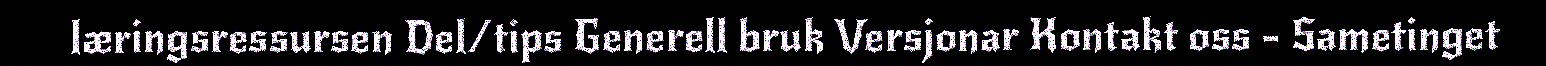
læringsressursen Del/tips Generell bruk Versjonar Kontakt oss - Sametinget